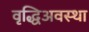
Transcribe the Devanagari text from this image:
वृद्धिअवस्था